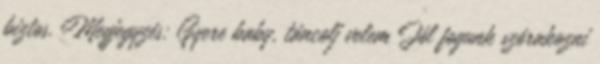
biztos. Megjegyzés: Gyere baby, táncolj velem Jól fogunk szórakozni